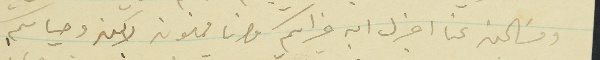
ومسَالين عنا اخبرك ان غيراتكم وانا ممنون لاكن وحياكم